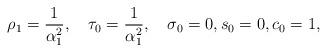
LaTeX: \begin{align*} \rho_{1}=\frac{1}{\alpha_{1}^{2}},\quad\tau_{0}=\frac{1}{\alpha_{1}^{2}},\quad\sigma_{0}=0,s_{0}=0,c_{0}=1,\end{align*}